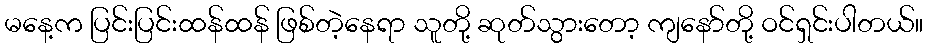
မနေ့က ပြင်းပြင်းထန်ထန် ဖြစ်တဲ့နေရာ သူတို့ ဆုတ်သွားတော့ ကျနော်တို့ ဝင်ရှင်းပါတယ်။